Indian journal of veterinary science and animal husbandry - Volumes 22-23, 1952-1953
Year: 1952
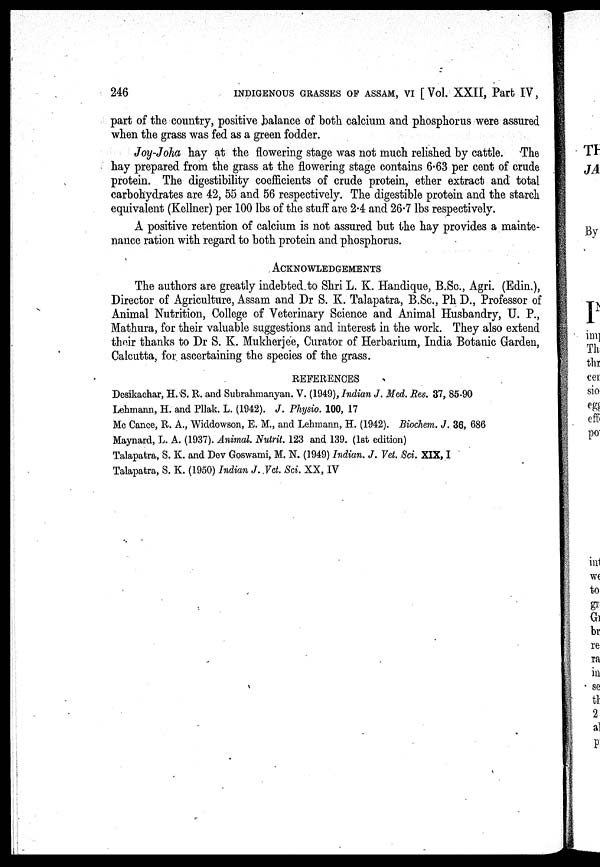
246 INDIGENOUS GRASSES OF ASSAM, VI [ Vol. XXII, Part IV,
part of the country, positive balance of both calcium and phosphorus were assured
when the grass was fed as a green fodder.
Joy-Joha hay at the flowering stage was not much relished by cattle. The
hay prepared from the grass at the flowering stage contains 6.63 per cent of crude
protein. The digestibility coefficients of crude protein, ether extract and total
carbohydrates are 42, 55 and 56 respectively. The digestible protein and the starch
equivalent (Kellner) per 100 lbs of the stuff are 2.4 and 26.7 lbs respectively.
A positive retention of calcium is not assured but the hay provides a mainte-
nance ration with regard to both protein and phosphorus.
ACKNOWLEDGEMENTS
The authors are greatly indebted.to Shri L. K. Handique, B.Sc, Agri. (Edin.),
Director of Agriculture, Assam and Dr S. K. Talapatra, B.Sc, Ph D., Professor of
Animal Nutrition, College of Veterinary Science and Animal Husbandry, U. P.,
Mathura, for their valuable suggestions and interest in the work. They also extend
their thanks to Dr S. K. Mukherjee, Curator of Herbarium, India Botanic Garden,
Calcutta, for ascertaining the species of the grass.
REFERENCES
Desikachar, H.S. R. and Subrahmanyan. V. (1949), Indian J. Med. Res. 37, 85-90
Lehmann, H. and Pllak. L. (1942). J. Physio. 100, 17
Mc Cance, R. A., Widdowson, E. M., and Lehmann, H. (1942). Biochem. J. 36, 686
Maynard, L. A. (1937). Animal Nutrit. 123 and 139. (1st edition)
Talapatra, S. K. and Dev Goswami, M. N. (1949) Indian. J. Vet. Sci. XIX, I
Talapatra, S. K. (1950) Indian J. Vet. Sci. XX, IV